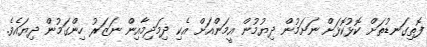
ފޮތިގަނޑުތަށް ކޮޅުކޮޅަށް ނަށަމުން ދިޔުމުން އީމަންއަށް އެކި ދިމަދިމާއިން ނަޒަރު ހިންގަމުން ދިޔައެވެ.